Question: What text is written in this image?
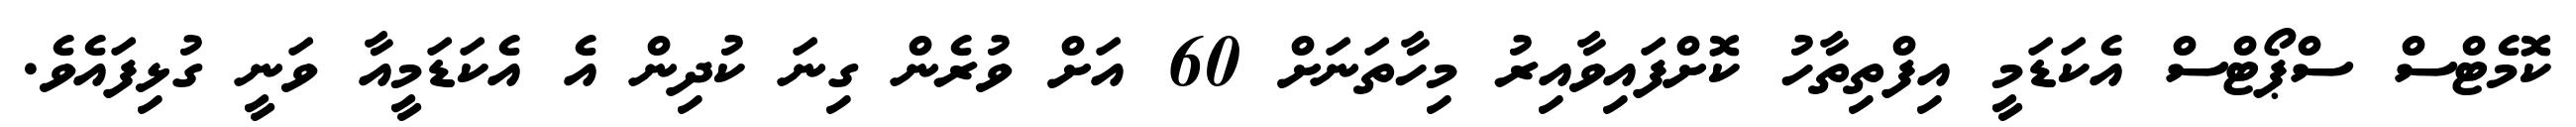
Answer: ކޮމެޓްސް ސްޕޯޓްސް އެކަޑަމީ އިފްތިތާހު ކޮށްފައިވާއިރު މިހާތަނަށް 60 އަށް ވުރެން ގިނަ ކުދިން އެ އެކަޑަމީއާ ވަނީ ގުޅިފައެވެ.